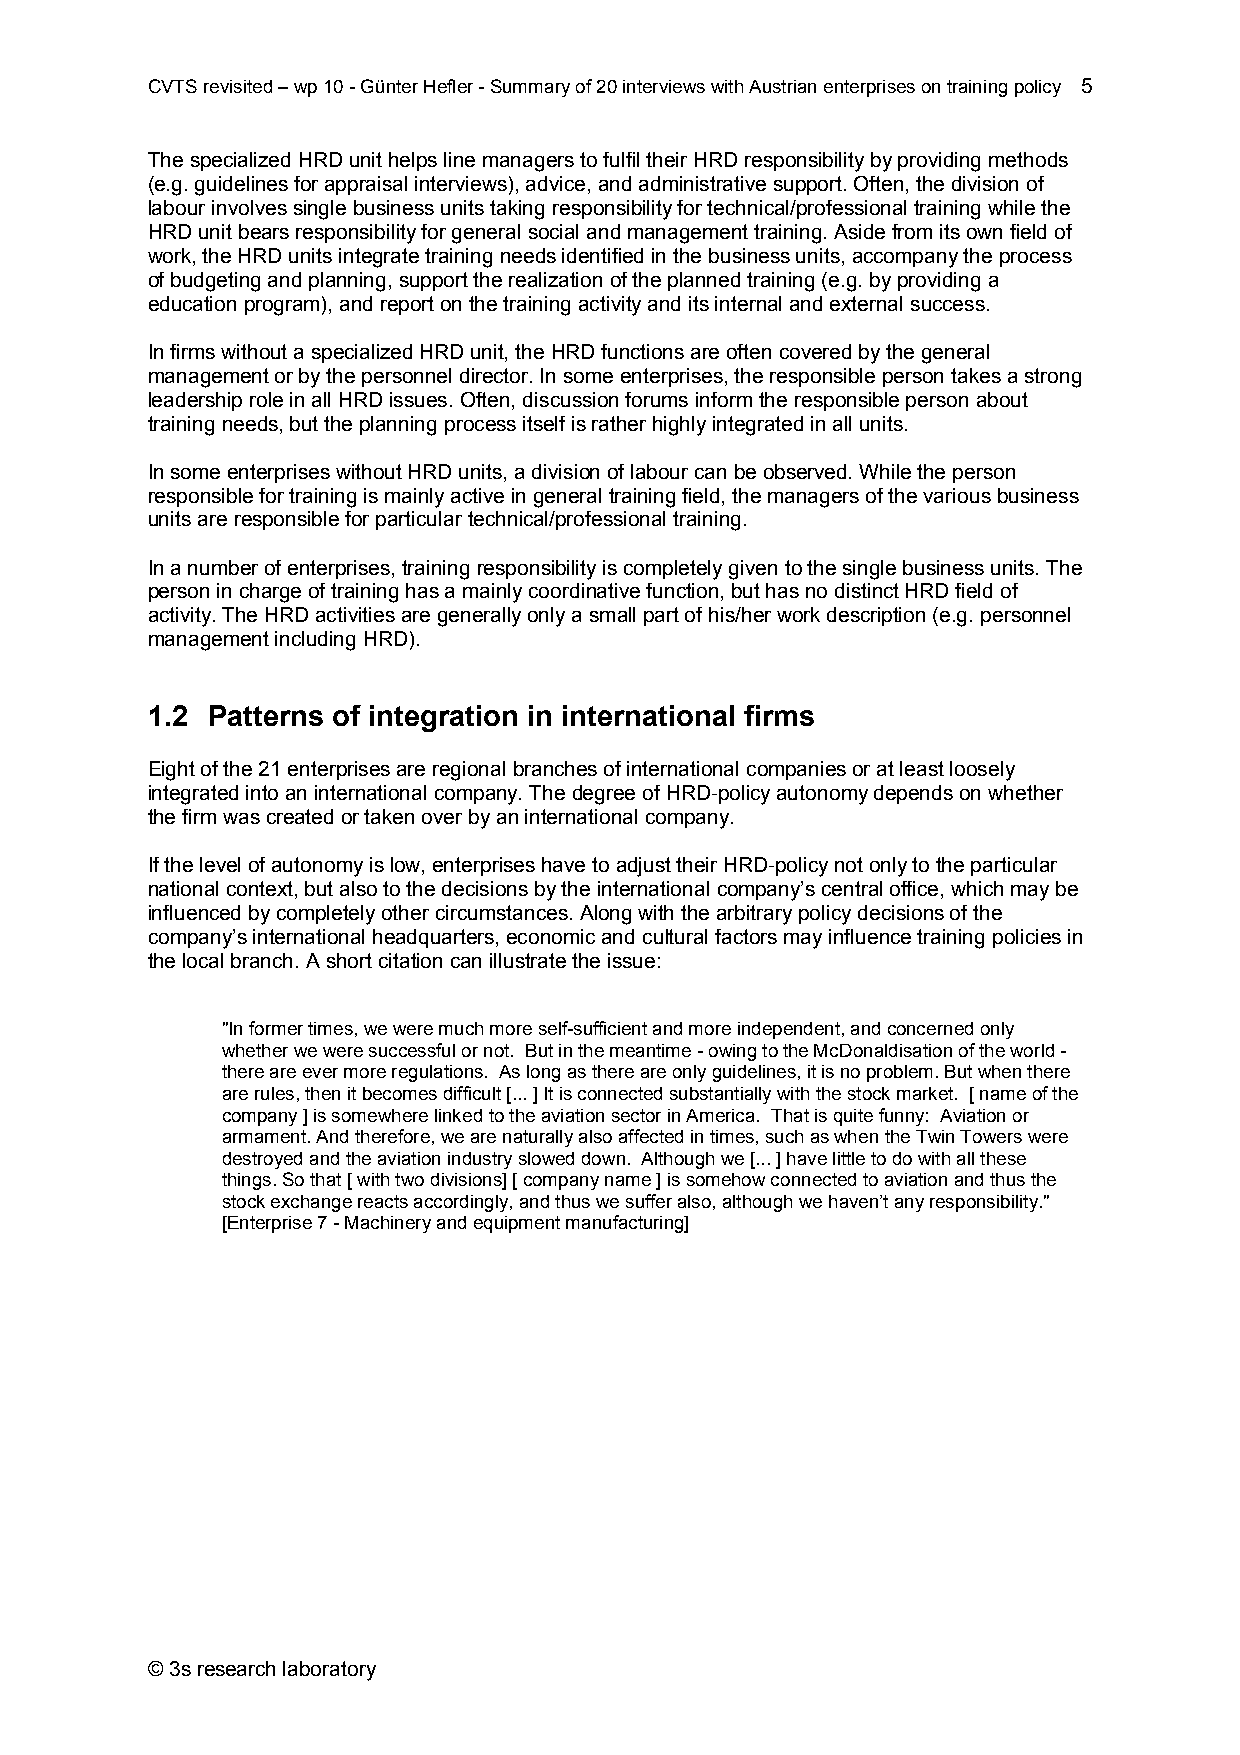
CVTS revisited – wp 10 - Günter Hefler - Summary of 20 interviews with Austrian enterprises on training policy 5
 The specialized HRD unit helps line managers to fulfil their HRD responsibility by providing methods
 (e.g. guidelines for appraisal interviews), advice, and administrative support. Often, the division of
 labour involves single business units taking responsibility for technical/professional training while the
 HRD unit bears responsibility for general social and management training. Aside from its own field of
 work, the HRD units integrate training needs identified in the business units, accompany the process
 of budgeting and planning, support the realization of the planned training (e.g. by providing a
 education program), and report on the training activity and its internal and external success.
 In firms without a specialized HRD unit, the HRD functions are often covered by the general
 management or by the personnel director. In some enterprises, the responsible person takes a strong
 leadership role in all HRD issues. Often, discussion forums inform the responsible person about
 training needs, but the planning process itself is rather highly integrated in all units.
 In some enterprises without HRD units, a division of labour can be observed. While the person
 responsible for training is mainly active in general training field, the managers of the various business
 units are responsible for particular technical/professional training.
 In a number of enterprises, training responsibility is completely given to the single business units. The
 person in charge of training has a mainly coordinative function, but has no distinct HRD field of
 activity. The HRD activities are generally only a small part of his/her work description (e.g. personnel
 management including HRD).
 1.2 Patterns of integration in international firms
 Eight of the 21 enterprises are regional branches of international companies or at least loosely
 integrated into an international company. The degree of HRD-policy autonomy depends on whether
 the firm was created or taken over by an international company.
 If the level of autonomy is low, enterprises have to adjust their HRD-policy not only to the particular
 national context, but also to the decisions by the international company’s central office, which may be
 influenced by completely other circumstances. Along with the arbitrary policy decisions of the
 company’s international headquarters, economic and cultural factors may influence training policies in
 the local branch. A short citation can illustrate the issue:
 "In former times, we were much more self-sufficient and more independent, and concerned only
 whether we were successful or not. But in the meantime - owing to the McDonaldisation of the world -
 there are ever more regulations. As long as there are only guidelines, it is no problem. But when there
 are rules, then it becomes difficult [... ] It is connected substantially with the stock market. [ name of the
 company ] is somewhere linked to the aviation sector in America. That is quite funny: Aviation or
 armament. And therefore, we are naturally also affected in times, such as when the Twin Towers were
 destroyed and the aviation industry slowed down. Although we [... ] have little to do with all these
 things. So that [ with two divisions] [ company name ] is somehow connected to aviation and thus the
 stock exchange reacts accordingly, and thus we suffer also, although we haven’t any responsibility."
 [Enterprise 7 - Machinery and equipment manufacturing]
 © 3s research laboratory